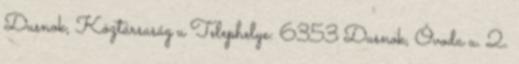
Dusnok, Köztársaság u Telephelye: 6353 Dusnok, Óvoda u. 2.